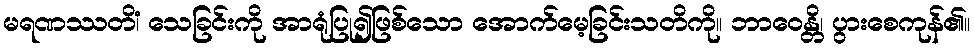
မရဏဿတိံ၊ သေခြင်းကို အာရုံပြု၍ဖြစ်သော အောက်မေ့ခြင်းသတိကို။ ဘာဝေန္တိ၊ ပွားစေကုန်၏။